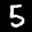
Label: 5